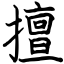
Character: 擅